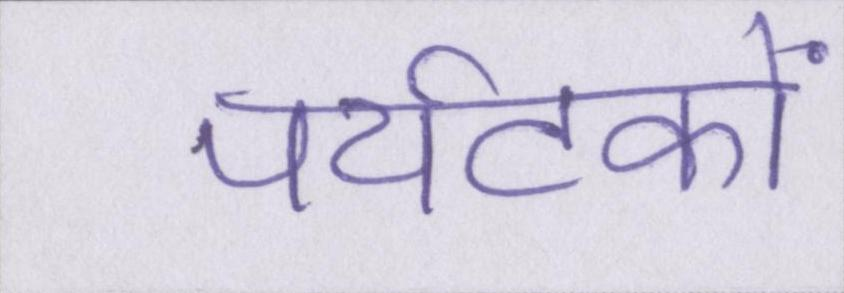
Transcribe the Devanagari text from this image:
पर्यटकों